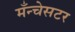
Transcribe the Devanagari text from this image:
मँन्चेसटर